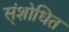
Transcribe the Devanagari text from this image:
स्ंशोधित